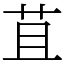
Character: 苴